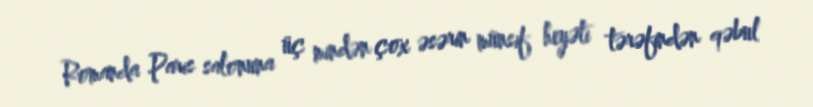
Romanda Paris salonuna üç mindən çox əsərin münsif heyəti tərəfindən qəbul